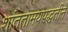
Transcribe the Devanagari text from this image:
शांततामयपद्धतीने